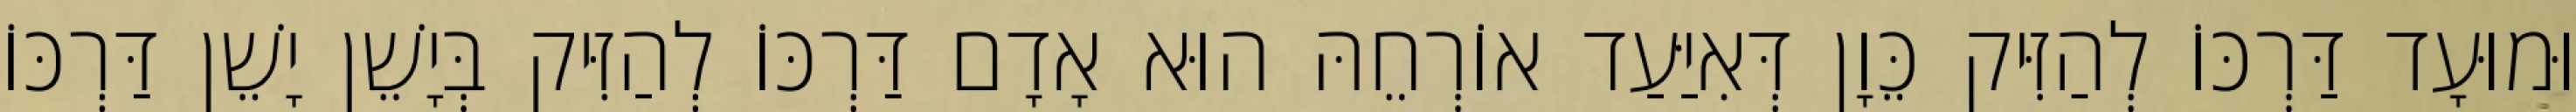
וּמוּעָד דַּרְכּוֹ לְהַזִּיק כֵּוָן דְּאִיַּעַד אוֹרְחֵהּ הוּא אָדָם דַּרְכּוֹ לְהַזִּיק בְּיָשֵׁן יָשֵׁן דַּרְכּוֹ